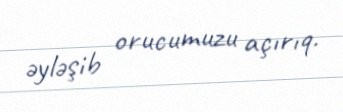
əyləşib orucumuzu açırıq.